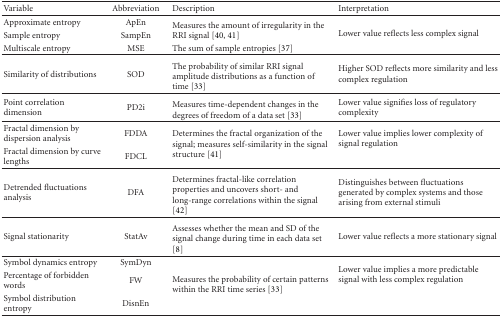
<table><thead><tr><td><b>Variable</b></td><td><b>Abbreviation</b></td><td><b>Description</b></td><td><b>Interpretation</b></td></tr></thead><tbody><tr><td>Approximate entropy</td><td>ApEn</td><td rowspan="2">Measures the amount of irregularity in the RRI signal [40, 41]</td><td rowspan="3">Lower value reflects less complex signal</td></tr><tr><td>Sample entropy</td><td>SampEn</td></tr><tr><td>Multiscale entropy</td><td>MSE</td><td>The sum of sample entropies [37] </td></tr><tr><td>Similarity of distributions</td><td>SOD</td><td>The probability of similar RRI signal amplitude distributions as a function of time [33]</td><td>Higher SOD reflects more similarity and less complex regulation</td></tr><tr><td>Point correlation dimension</td><td>PD2i</td><td>Measures time-dependent changes in the degrees of freedom of a data set [33]</td><td>Lower value signifies loss of regulatory complexity</td></tr><tr><td>Fractal dimension by dispersion analysis</td><td>FDDA</td><td rowspan="2">Determines the fractal organization of the signal; measures self-similarity in the signal structure [41]</td><td rowspan="2">Lower value implies lower complexity of signal regulation</td></tr><tr><td>Fractal dimension by curve lengths</td><td>FDCL</td></tr><tr><td>Detrended fluctuations analysis</td><td>DFA</td><td>Determines fractal-like correlation properties and uncovers short- and long-range correlations within the signal [42]</td><td>Distinguishes between fluctuations generated by complex systems and those arising from external stimuli</td></tr><tr><td>Signal stationarity</td><td>StatAv</td><td>Assesses whether the mean and SD of the signal change during time in each data set [8]</td><td>Lower value reflects a more stationary signal</td></tr><tr><td>Symbol dynamics entropy</td><td>SymDyn</td><td rowspan="3">Measures the probability of certain patterns within the RRI time series [33]</td><td rowspan="3">Lower value implies a more predictable signal with less complex regulation</td></tr><tr><td>Percentage of forbidden words</td><td>FW</td></tr><tr><td>Symbol distribution entropy</td><td>DisnEn</td></tr></tbody></table>